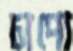
চাপো